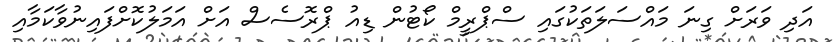
އަދި ވަރަށް ގިނަ މައްސަލަތަކުގައި ސްޕްރީމް ކޯޓުން ޑިއު ޕްރޮސެސް އަށް އަމަލުކޮށްފައިނުވާކަމާއި